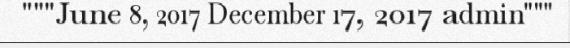
"""June 8, 2017 December 17, 2017 admin"""